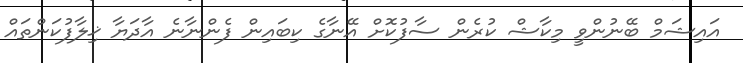
އައިޝަމް ބޭނުންވީ މިކާޝް ކުރެން ސާފުކޮށް އޭނާގެ ކިބައިން ފެންނާނެ އާދަޔާ ޚިލާފުކަންތައް